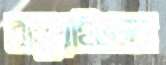
বানুয়াইলসহ